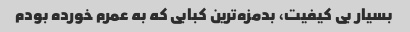
بسیار بی کیفیت، بدمزه‌ترین کبابی که به عمرم خورده بودم